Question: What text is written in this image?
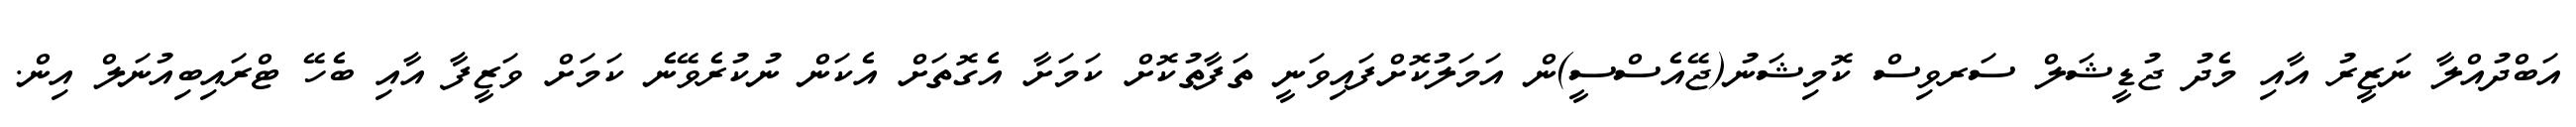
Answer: އަބްދުއްލާ ނަޒީރު އާއި މެދު ޖުޑީޝަލް ސަރވިސް ކޮމިޝަނު(ޖޭއެސްސީ)ން އަމަލުކޮށްފައިވަނީ ތަފާތުކޮށް ކަމަށާ އެގޮތަށް އެކަން ނުކުރެވޭނެ ކަމަށް ވަޒީފާ އާއި ބެހޭ ޓްރައިބިއުނަލް އިން.